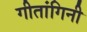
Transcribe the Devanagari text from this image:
गीतांगिनी